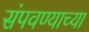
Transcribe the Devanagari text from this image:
संपवण्याच्या